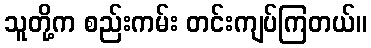
သူတို့က စည်းကမ်း တင်းကျပ်ကြတယ်။